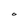
Character: O